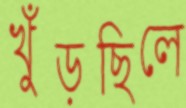
খুঁড়ছিলে